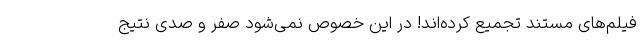
فیلم‌های مستند تجمیع کرده‌اند! در این خصوص نمی‌شود صفر و صدی نتیج